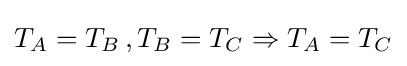
T_{A}=T_{B}\,,T_{B}=T_{C}\Rightarrow T_{A}=T_{C}\,\!